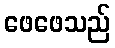
ဖေဖေသည်